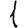
Digit: 1